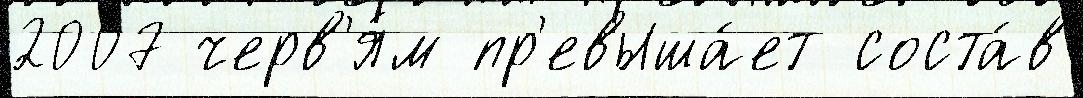
2007 черв'я́м пр'евыша́ет соста́в